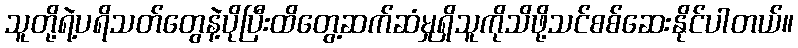
သူတို့ရဲ့ပရိသတ်တွေနဲ့ပိုပြီးထိတွေ့ဆက်ဆံမှုရှိသူကိုသိဖို့သင်စစ်ဆေးနိုင်ပါတယ်။